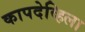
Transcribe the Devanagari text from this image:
कापदेव्हिला